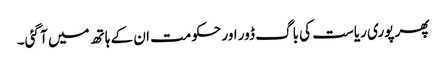
پھر پوری ریاست کی باگ ڈور اور حکومت ان کے ہاتھ میں آ گئی۔